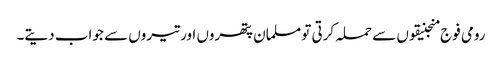
رومی فوج منجنیقوں سے حملہ کرتی تو مسلمان پتھروں اور تیروں سے جواب دیتے۔